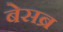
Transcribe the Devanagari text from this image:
बेसब्र